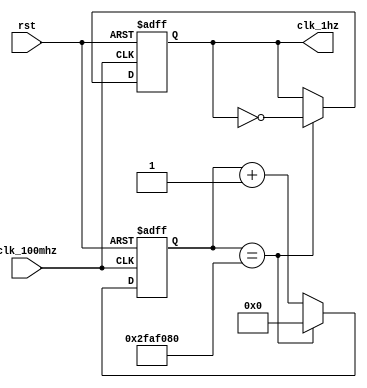
module clk_1hz(
    input rst,
    input clk_100mhz,
    output reg clk_1hz
    );

reg [27:0] count;

always @(posedge clk_100mhz or posedge rst)
if (rst) begin count<=0; clk_1hz<=0; end
else if (count==50000000) begin clk_1hz<=~clk_1hz; count<=0; end
else count<=count+1;

endmodule